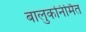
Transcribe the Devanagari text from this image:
बालुकनिर्मित